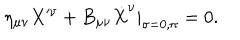
\eta _ { \mu \nu } X ^ { \nu } + B _ { \mu \nu } \dot { X } ^ { \nu } | _ { \sigma = 0 , \pi } = 0 .